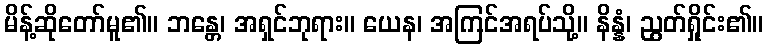
မိန့်ဆိုတော်မူ၏။ ဘန္တေ၊ အရှင်ဘုရား။ ယေန၊ အကြင်အရပ်သို့။ နိန္နံ၊ ညွတ်ရှိုင်း၏။